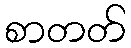
စာတတ်